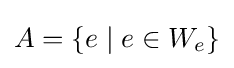
A=\{e\mid e\in W_{e}\}